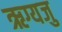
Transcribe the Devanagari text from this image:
ऋग्यजु